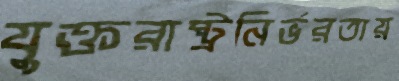
যুক্তরাষ্ট্রনির্ভরতায়